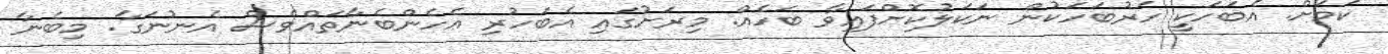
ކަމަށް. އެބަހަކީ ހަރުބަހަކުން ނަކަލުކޮށްފައިވާ ބަހެއް. މިރަށުގައި އެބަހުރި އެހެންބެނާތައްވެސް އެނުނަގާ. މިބެނާ